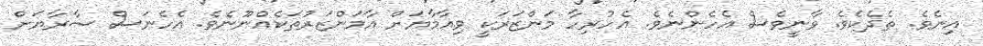
އިނެވެ. ތެދެކެވެ. ވާނީވެސް އެހެންނެވެ. އެހުރިހާ މަންޒަރަކީ ވިއާމާޔަށް އާމަންޒަރުތަކެއްނޫނެވެ. އެހެނަސް ސާރާޔަށް